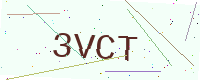
Text: 3VCT